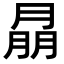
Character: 𦜳